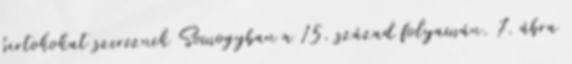
birtokokat szereznek Somogyban a 15. század folyamán. 7. ábra